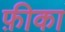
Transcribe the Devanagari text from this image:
फ़ीका